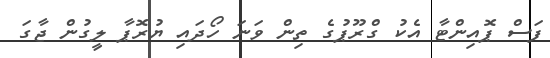
ފަސް ޕޮއިންޓާ އެކު ގްރޫޕުގެ ތިން ވަނަ ހޯދައި ޔުރޮޕާ ލީގުން ޖާގަ